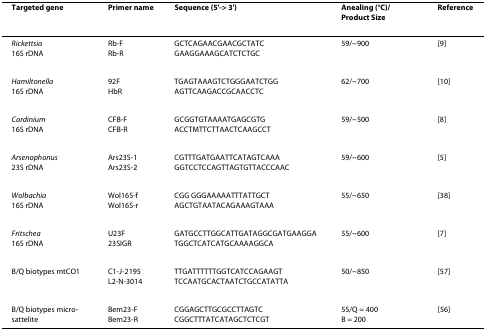
<table><thead><tr><td><b>Targeted gene</b></td><td><b>Primer name</b></td><td><b>Sequence (5&#x27;-&gt; 3&#x27;)</b></td><td><b>Anealing (°C)/Product Size</b></td><td><b>Reference</b></td></tr></thead><tbody><tr><td><i>Rickettsia</i>16S rDNA</td><td>Rb-FRb-R</td><td>GCTCAGAACGAACGCTATCGAAGGAAAGCATCTCTGC</td><td>59/~900</td><td>[9]</td></tr><tr><td><i>Hamiltonella</i>16S rDNA</td><td>92FHbR</td><td>TGAGTAAAGTCTGGGAATCTGGAGTTCAAGACCGCAACCTC</td><td>62/~700</td><td>[10]</td></tr><tr><td><i>Cardinium</i>16S rDNA</td><td>CFB-FCFB-R</td><td>GCGGTGTAAAATGAGCGTGACCTMTTCTTAACTCAAGCCT</td><td>59/~500</td><td>[8]</td></tr><tr><td><i>Arsenophonus</i>23S rDNA</td><td>Ars23S-1Ars23S-2</td><td>CGTTTGATGAATTCATAGTCAAAGGTCCTCCAGTTAGTGTTACCCAAC</td><td>59/~600</td><td>[5]</td></tr><tr><td><i>Wolbachia</i>16S rDNA</td><td>Wol16S-fWol16S-r</td><td>CGG GGGAAAAATTTATTGCTAGCTGTAATACAGAAAGTAAA</td><td>55/~650</td><td>[38]</td></tr><tr><td><i>Fritschea</i>16S rDNA</td><td>U23F23SIGR</td><td>GATGCCTTGGCATTGATAGGCGATGAAGGATGGCTCATCATGCAAAAGGCA</td><td>55/~600</td><td>[7]</td></tr><tr><td>B/Q biotypes mtCO1</td><td>C1-J-2195L2-N-3014</td><td>TTGATTTTTTGGTCATCCAGAAGTTCCAATGCACTAATCTGCCATATTA</td><td>50/~850</td><td>[57]</td></tr><tr><td>B/Q biotypes micro-sattelite</td><td>Bem23-FBem23-R</td><td>CGGAGCTTGCGCCTTAGTCCGGCTTTATCATAGCTCTCGT</td><td>55/Q = 400B = 200</td><td>[56]</td></tr></tbody></table>